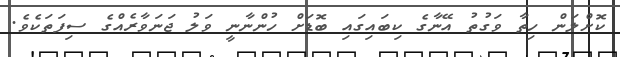
ކޮށްލަން ހިތާ ވަގުތު އޭނާގެ ކިބައިގައި ބޮޑަށް ހުންނާނީ ވަލު ޖަނަވާރެއްގެ ސިފަތަކެވެ.